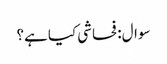
سوال: فحاشی کیا ہے؟